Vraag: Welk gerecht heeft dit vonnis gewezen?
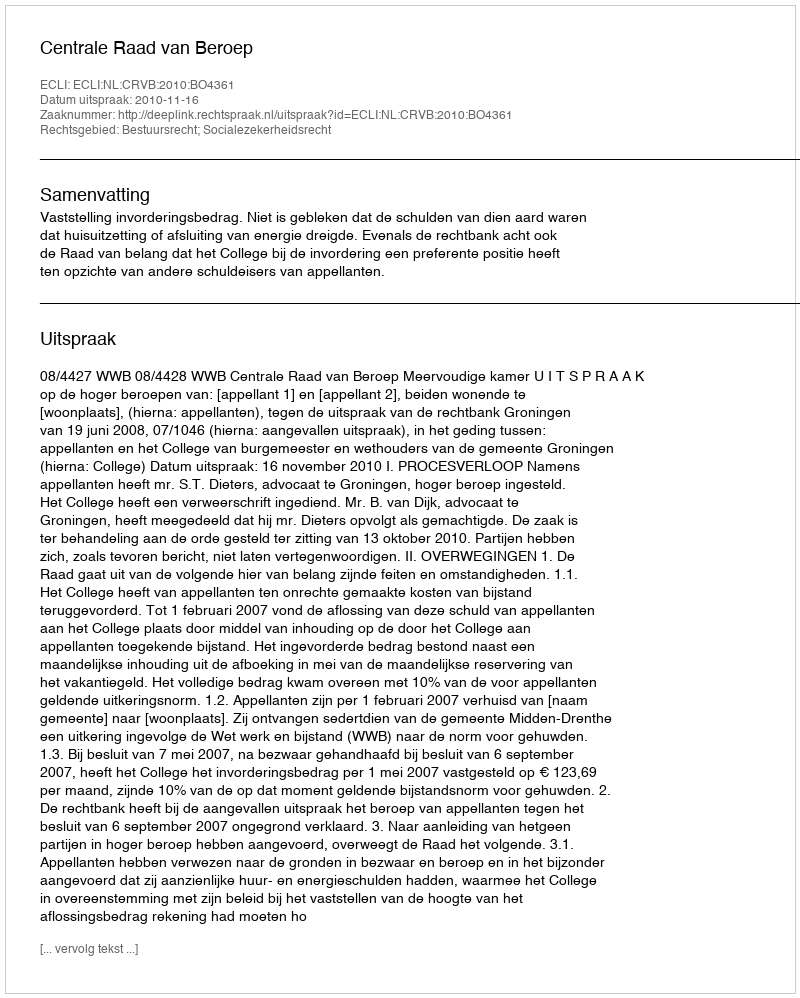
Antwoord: Centrale Raad van Beroep